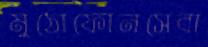
মুঠোফোনসেবা